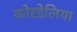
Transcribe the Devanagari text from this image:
कोरडेलिया